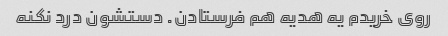
روی خریدم یه هدیه هم فرستادن. دستشون درد نکنه